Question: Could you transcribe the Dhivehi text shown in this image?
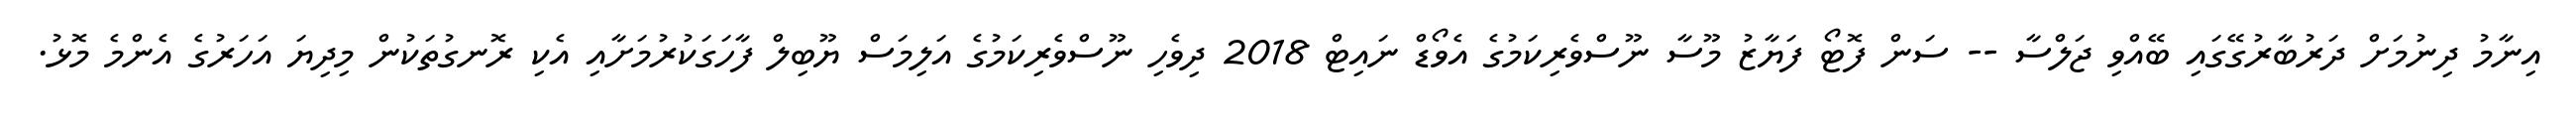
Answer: އިނާމު ދިނުމަށް ދަރުބާރުގޭގައި ބޭއްވި ޖަލްސާ -- ސަން ފޮޓޯ ފަޔާޒު މޫސާ ނޫސްވެރިކަމުގެ އެވޯޑް ނައިޓް 2018 ދިވެހި ނޫސްވެރިކަމުގެ އަލިމަސް ޔޫބިލް ފާހަގަކުރުމަށާއި އެކި ރޮނގުތަކުން މިދިޔަ އަހަރުގެ އެންމެ މޮޅު.